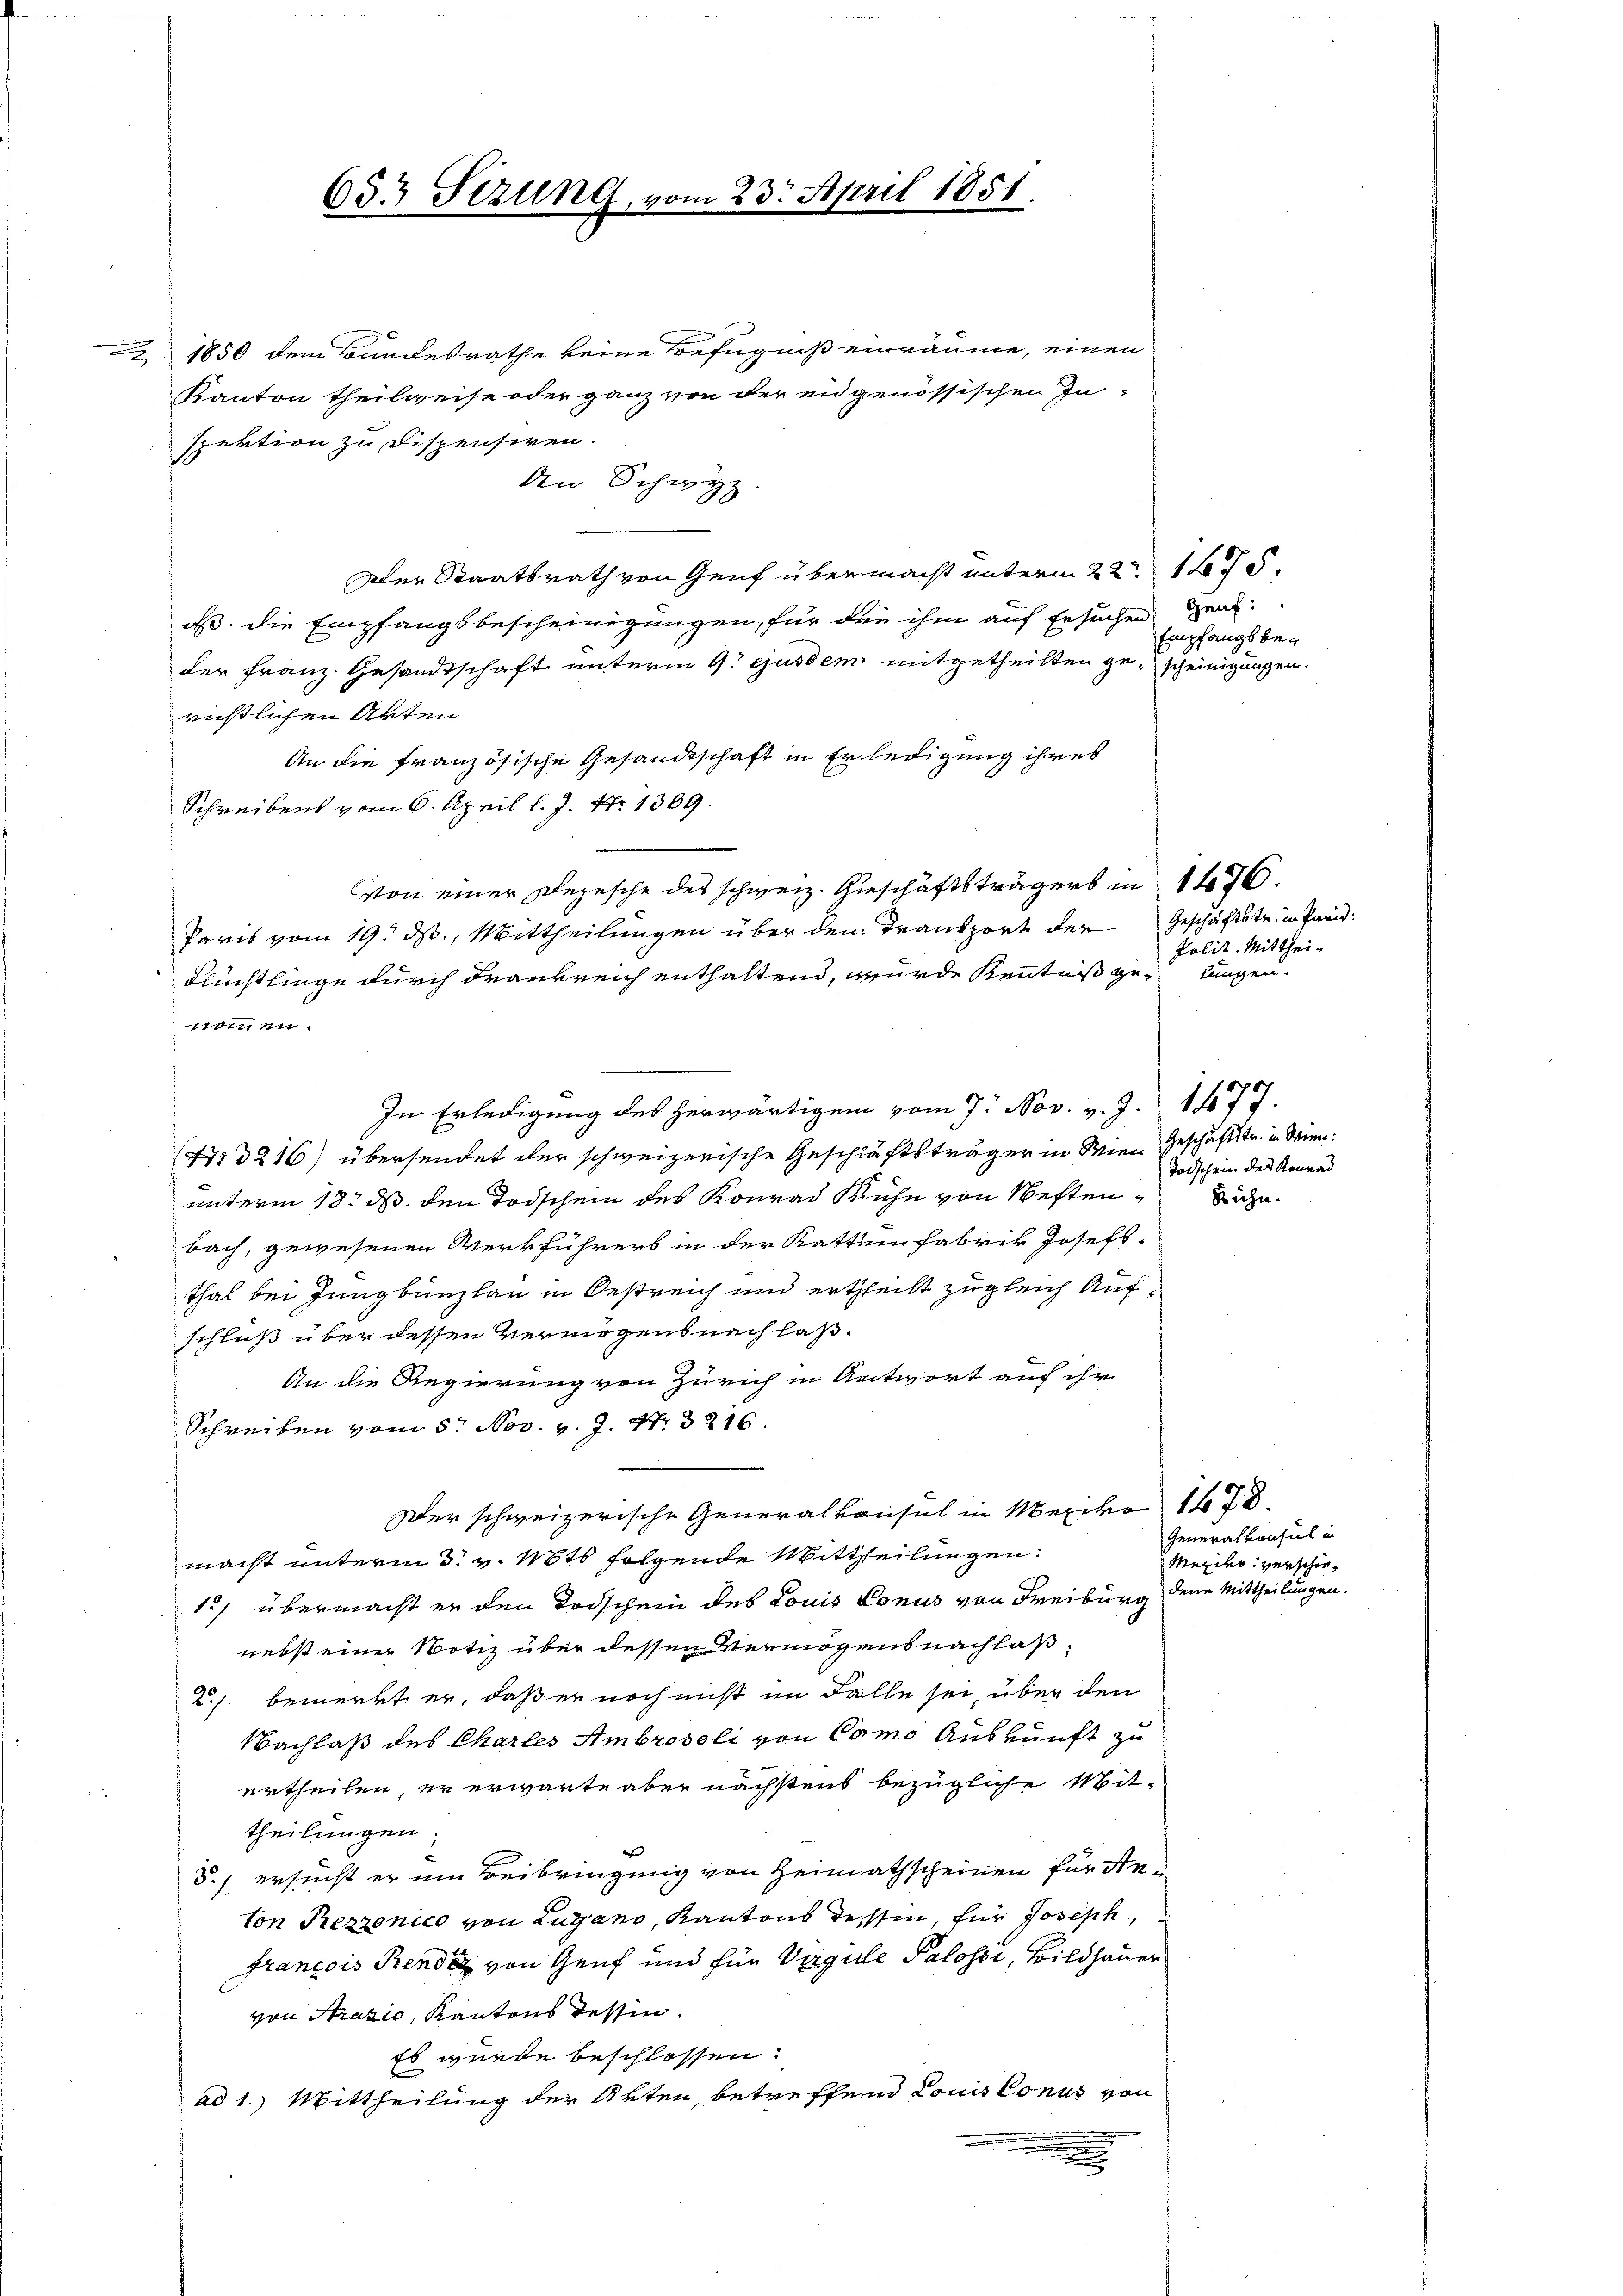
1850 dem Bandesrathe keine Befugniß einräume, einen
Kanton theilweise oder ganz von der engenössischen Inspektion zu dispensiren.
An Schwyz.
Der Staatsrath von Genf übermacht unterm 22ten 15
e. die Empfangsbescheinigungen, für die ihm auf Ersuchen Geneder Franz Gesandtschaft unterm 9t ejusdem mitgetheilten gescheinigungen.
richtlichen Akten
An die französische Gesandtschaft in Erledigung ihres
Schreibens vom 6. April l. J. N. 1389.
Von einer Depesche des schweiz. Geschäftsträgers in 1476.
Paris vom 19. ds., Mittheilungen über den Transport der Geschäftstr. in Pari
Flüchtlinge durch Frankreich enthaltend, wurde Kenntniß get
In Erledigung des herwärtigem vom 7. Nov. v. J. 1477.
(47. 3216) übersendet der schweizerische Geschläftsträger in Wien Geschäftstr. in Wien.
unterm 18. ds. den Todschein des Konrad Kuhn von Neften Sache
bach, gewesenen Werkführers in der Katten fabrik Josefs-
thal bei Jungbunzlau in Oestreich und ertheilt zugleich Aufschluß über dessen Vermögensnachlaß¬
An die Regierung von Zürich in Antwort auf ihr
Schreiben vom 5. Nov. v. J. Nr. 3216.
Der schweizerische Generalkonsul in Mexiko 1678.
macht unterm 3. v. Mts. folgende Mittheilungen.
15/ übermacht er den Todschein des Louis Conus von Freiburg
nebst einer Notiz über dessen Vermögensnachlaß¬
2./. bemerkt er, daß er noch nicht im Falle sei, über den
Nachlaß des Chartes Ambroseli von Como Auskunft zu
urtheilen, er erwarte aber nächstens bezügliche Mit-
theilungen.
5.) ersucht er um Beibringung von Heimathscheinen für den
ton Rezzonico von Lugano, Kantons dessen, für Joseph,
francois Rendig von Genf und für Vergule Palossi, Bildhauer
von Arazio, Kantons Tessin.
Es wurde beschlossen:
ad 1.) Mittheilung der Akten, betreffend Louis Conus von
m
e

653 Sizung, vom 23. April 1851.

Empfangsbe-

Polit. Mittheilungen.

Todschein des Konrad

Generalkonsul in
Mexiko verschiedene Mittheilungen.